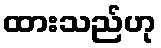
ထားသည်ဟု